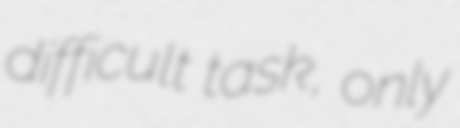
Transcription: difficult task, only